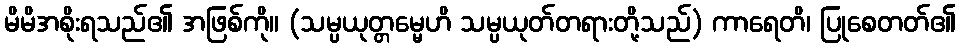
မိမိအစိုးရသည်၏ အဖြစ်ကို။ (သမ္ပယုတ္တမ္မေဟိ သမ္ပယုတ်တရားတို့သည်) ကာရေတိ၊ ပြုစေတတ်၏